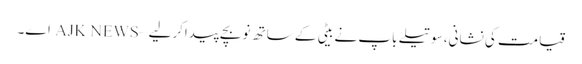
قیامت کی نشانی،سوتیلے باپ نے بیٹی کے ساتھ نوبچے پیداکرلیے – AJK NEWS اے۔